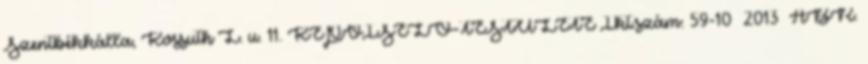
Szentbékkálla, Kossuth L. u. 11. KÉPVISELŐ-TESTÜLETE Ikt.szám: 59-10 2013 ÁBR.